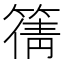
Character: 篟